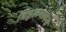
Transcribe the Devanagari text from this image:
विह्वलभावना